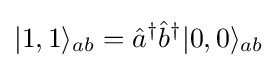
|1,1\rangle _{ab}={\hat {a}}^{\dagger }{\hat {b}}^{\dagger }|0,0\rangle _{ab}